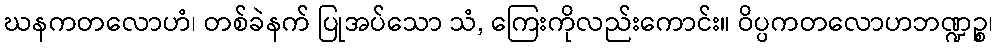
ဃနကတလောဟံ၊ တစ်ခဲနက် ပြုအပ်သော သံ, ကြေးကိုလည်းကောင်း။ ဝိပ္ပကတလောဟဘဏ္ဍဉ္စ၊